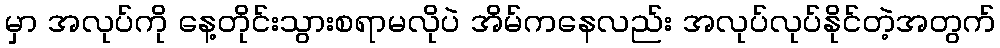
မှာ အလုပ်ကို နေ့တိုင်းသွားစရာမလိုပဲ အိမ်ကနေလည်း အလုပ်လုပ်နိုင်တဲ့အတွက်